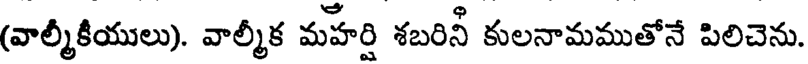
(వాల్మీకీయులు). వాల్మీక మహేర్షి శబరినీ కులనామముతోనే పిలిచెను.